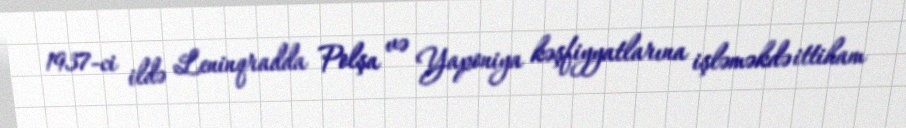
1937-ci ildə Leninqradda Polşa və Yaponiya kəşfiyyatlarına işləməkdə ittiham